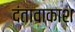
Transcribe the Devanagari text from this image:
दंतावाकाश